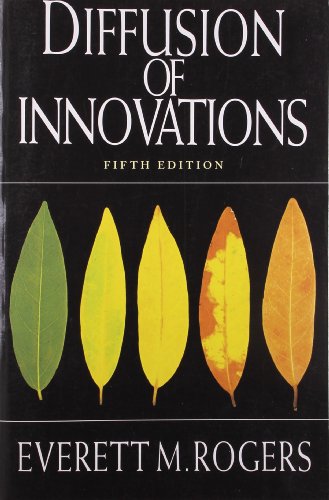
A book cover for Diffusion of Innovations, 5th Edition; Everett M. Rogers; Business & Money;